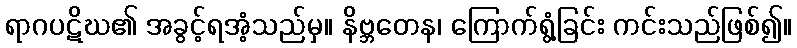
ရာဂပဋိဃ၏ အခွင့်ရအံ့သည်မှ။ နိဗ္ဘတေန၊ ကြောက်ရွံ့ခြင်း ကင်းသည်ဖြစ်၍။